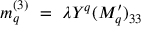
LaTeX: m _ { q } ^ { ( 3 ) } ~ = ~ \lambda Y ^ { q } ( M _ { q } ^ { \prime } ) _ { 3 3 }